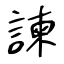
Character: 諫